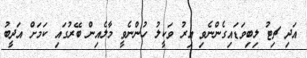
އަދި ޗިޓު ލިބިވަޑައިގެންނެވި އިރު ވަކީލު ހުންނެވީ މާލެއިން ބޭރުގައި ކަމަށް އަދީބު